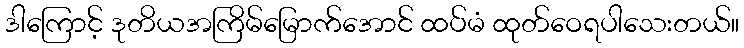
ဒါကြောင့် ဒုတိယအကြိမ်မြောက်အောင် ထပ်မံ ထုတ်ဝေရပါသေးတယ်။